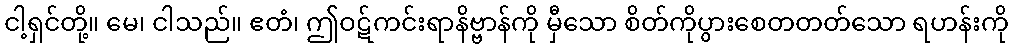
ငါ့ရှင်တို့။ မေ၊ ငါသည်။ ဧတံ၊ ဤဝဋ်ကင်းရာနိဗ္ဗာန်ကို မှီသော စိတ်ကိုပွားစေတတတ်သော ရဟန်းကို